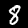
Label: 8